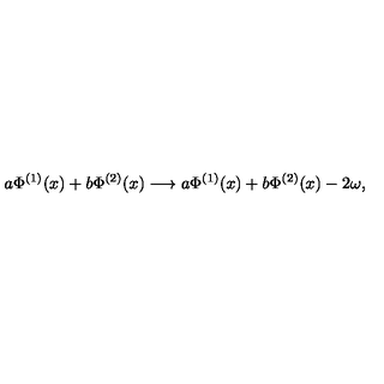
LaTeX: a \Phi ^ { ( 1 ) } ( x ) + b \Phi ^ { ( 2 ) } ( x ) \longrightarrow a \Phi ^ { ( 1 ) } ( x ) + b \Phi ^ { ( 2 ) } ( x ) - 2 \omega ,